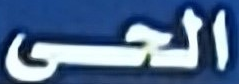
الحى